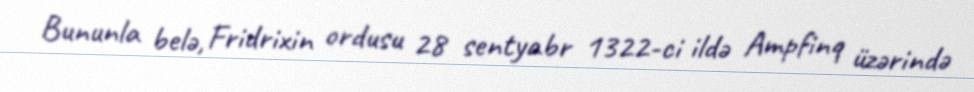
Bununla belə, Fridrixin ordusu 28 sentyabr 1322-ci ildə Ampfinq üzərində